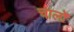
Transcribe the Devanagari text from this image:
चालोँ